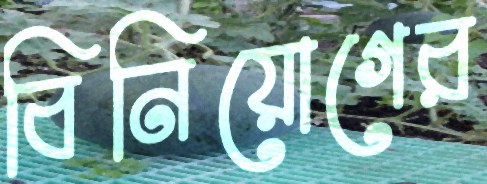
বিনিয়োগের